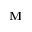
{ \bf M }